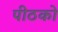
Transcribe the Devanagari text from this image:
पीठको